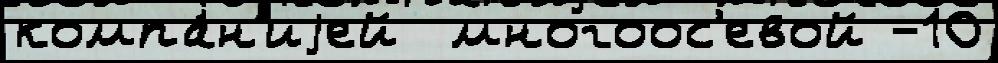
компа́н'иjей  многоос'евой -10